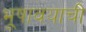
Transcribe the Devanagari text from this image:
भूषावयाची